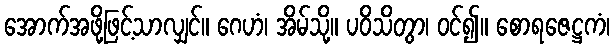
အောက်အဖို့ဖြင့်သာလျှင်။ ဂေဟံ၊ အိမ်သို့။ ပဝိသိတွာ၊ ဝင်၍။ စောရဇေဋ္ဌကံ၊